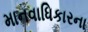
માનવાધિકારના